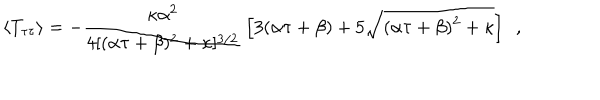
LaTeX: \langle T _ { \tau \tau } \rangle = - { \frac { \kappa \alpha ^ { 2 } } { 4 [ ( \alpha \tau + \beta ) ^ { 2 } + \kappa ] ^ { 3 / 2 } } } \left[ 3 ( \alpha \tau + \beta ) + 5 \sqrt { ( \alpha \tau + \beta ) ^ { 2 } + \kappa } \right] \ \ ,